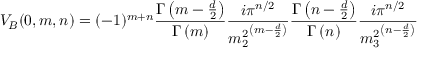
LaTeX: V _ { B } ( 0 , m , n ) = ( - 1 ) ^ { m + n } \frac { \Gamma \left( m - \frac { d } { 2 } \right) } { \Gamma \left( m \right) } \frac { i \pi ^ { n / 2 } } { { m _ { 2 } ^ { 2 } } ^ { \left( m - \frac { d } { 2 } \right) } } \frac { \Gamma \left( n - \frac { d } { 2 } \right) } { \Gamma \left( n \right) } \frac { i \pi ^ { n / 2 } } { { m _ { 3 } ^ { 2 } } ^ { \left( n - \frac { d } { 2 } \right) } }